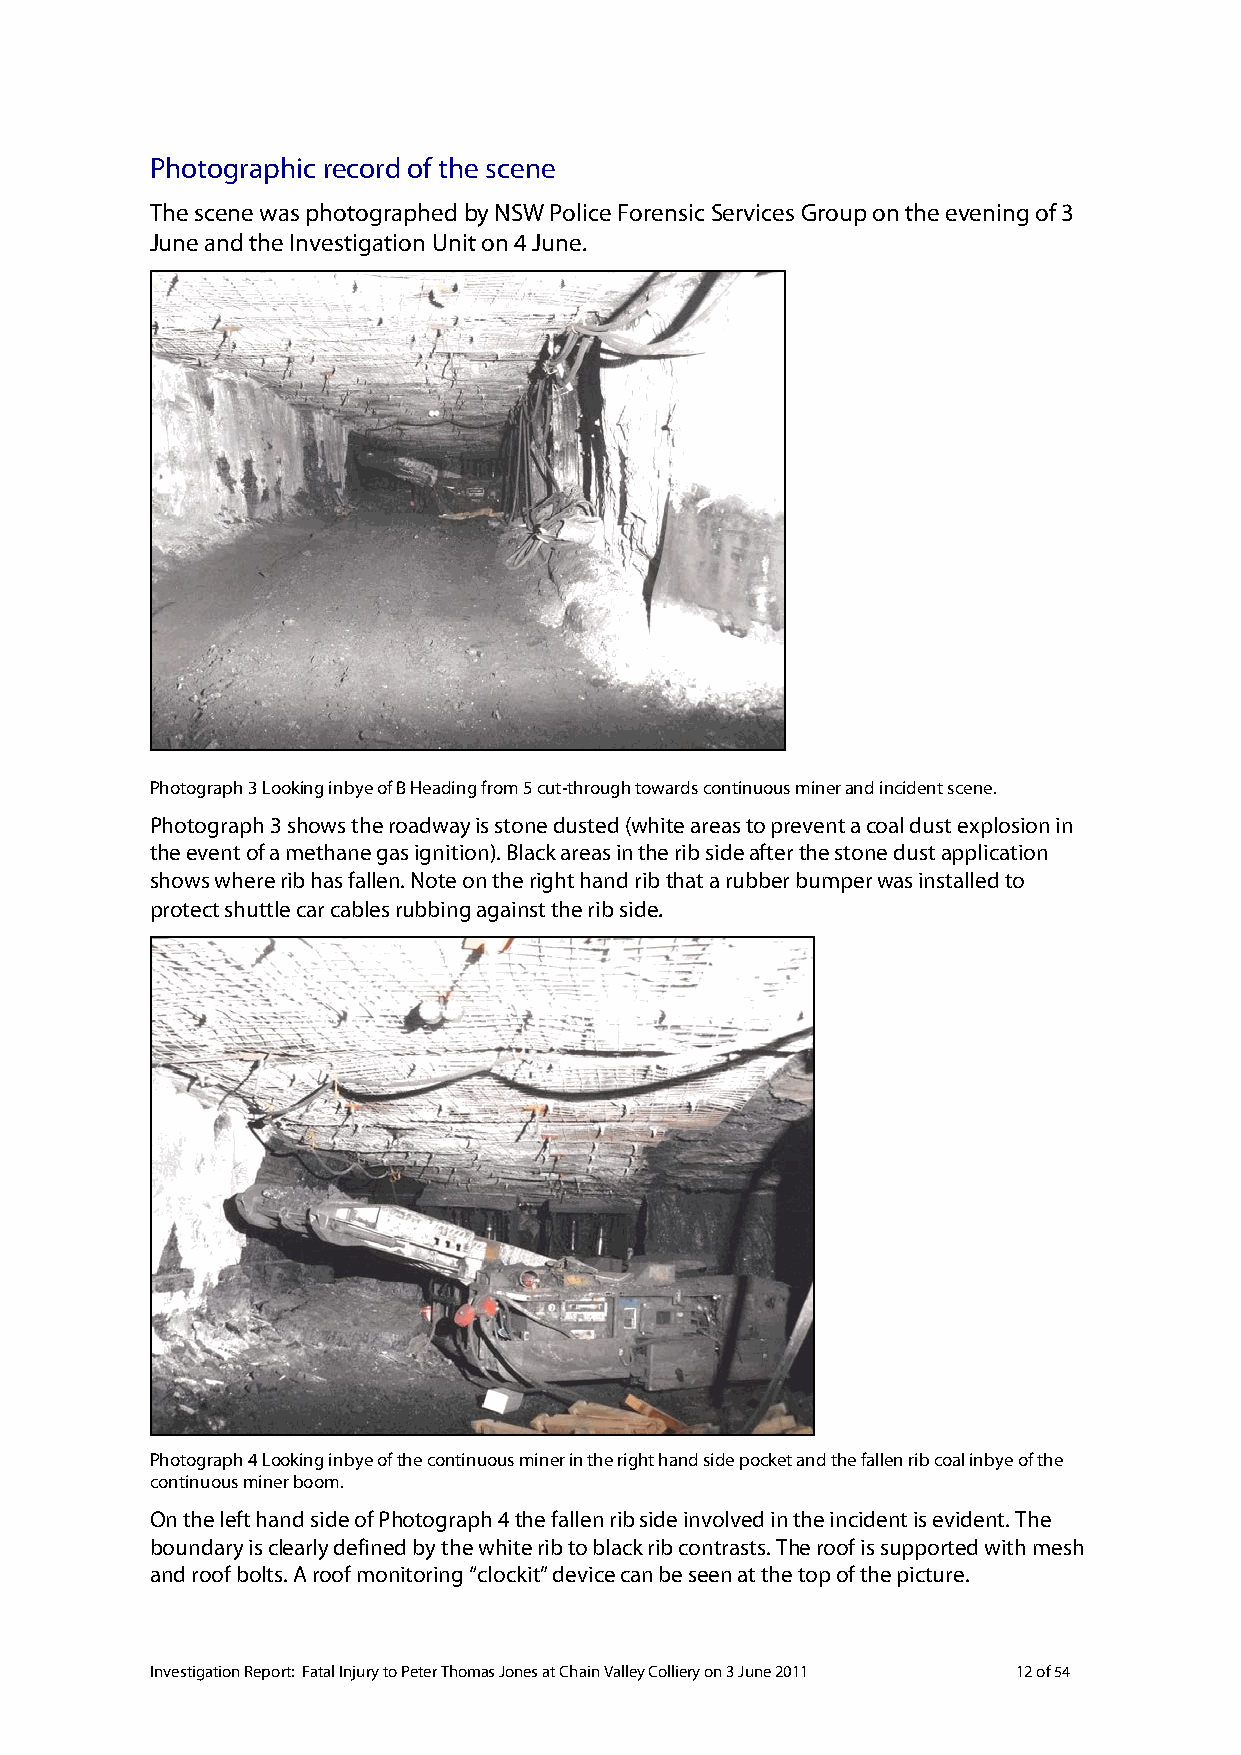
Photographic record of the scene
 The scene was photographed by NSW Police Forensic Services Group on the evening of 3
 June and the Investigation Unit on 4 June.
 Photograph 3 Looking inbye of B Heading from 5 cut-through towards continuous miner and incident scene.
 Photograph 3 shows the roadway is stone dusted (white areas to prevent a coal dust explosion in
 the event of a methane gas ignition). Black areas in the rib side after the stone dust application
 shows where rib has fallen. Note on the right hand rib that a rubber bumper was installed to
 protect shuttle car cables rubbing against the rib side.
 Photograph 4 Looking inbye of the continuous miner in the right hand side pocket and the fallen rib coal inbye of the
 continuous miner boom.
 On the left hand side of Photograph 4 the fallen rib side involved in the incident is evident. The
 boundary is clearly defined by the white rib to black rib contrasts. The roof is supported with mesh
 and roof bolts. A roof monitoring “clockit” device can be seen at the top of the picture.
 Investigation Report: Fatal Injury to Peter Thomas Jones at Chain Valley Colliery on 3 June 2011 12 of 54